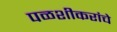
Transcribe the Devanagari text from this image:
पळशीकरांचे